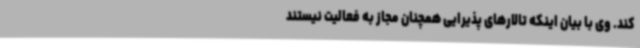
کند. وی با بیان اینکه تالارهای پذیرایی همچنان مجاز به فعالیت نیستند